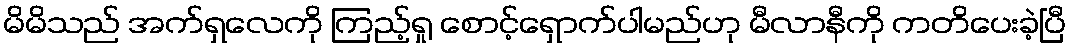
မိမိသည် အက်ရှလေကို ကြည့်ရှု စောင့်ရှောက်ပါမည်ဟု မီလာနီကို ကတိပေးခဲ့ပြီ